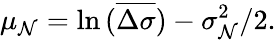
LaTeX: \mu_{\mathcal{N}}=\ln{(\overline{{{\Delta\sigma}}})}-\sigma_{\mathcal{N}}^{2}/2.